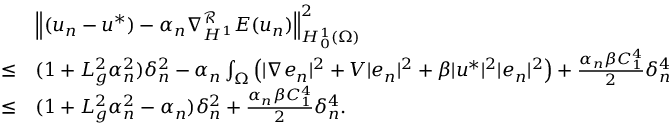
\begin{array} { r l } & { \left\Vert ( u _ { n } - u ^ { * } ) - \alpha _ { n } \nabla _ { H ^ { 1 } } ^ { \mathcal { R } } E ( u _ { n } ) \right\Vert _ { H _ { 0 } ^ { 1 } ( \Omega ) } ^ { 2 } } \\ { \leq } & { ( 1 + L _ { g } ^ { 2 } \alpha _ { n } ^ { 2 } ) \delta _ { n } ^ { 2 } - \alpha _ { n } \int _ { \Omega } \left( | \nabla e _ { n } | ^ { 2 } + V | e _ { n } | ^ { 2 } + \beta | u ^ { * } | ^ { 2 } | e _ { n } | ^ { 2 } \right) + \frac { \alpha _ { n } \beta C _ { 1 } ^ { 4 } } { 2 } \delta _ { n } ^ { 4 } } \\ { \leq } & { ( 1 + L _ { g } ^ { 2 } \alpha _ { n } ^ { 2 } - \alpha _ { n } ) \delta _ { n } ^ { 2 } + \frac { \alpha _ { n } \beta C _ { 1 } ^ { 4 } } { 2 } \delta _ { n } ^ { 4 } . } \end{array}